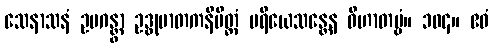
သေနာသနံ ဥပဂန္တွာ ဥဒ္ဓုမာတကနိမိတ္တံ ပရိယေသန္တေန ဝိဟာတဗ္ဗံ။ ၁၀၄။ ဧဝံ